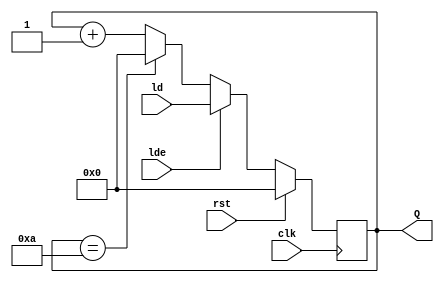
module modcounter(clk,rst,Q,ld,lde);
input clk,rst,lde;
input [3:0]ld;
output reg [3:0]Q;
always@(posedge clk)
begin
    if(rst==1)
    begin
        Q<=0;
    end
    else
        begin
           if(lde==1)
           begin
            Q=ld;
           end
           else if(Q==10)
           begin
            Q<=0;
           end
           else
           begin
            Q<=Q+1;
           end
        end
end
endmodule